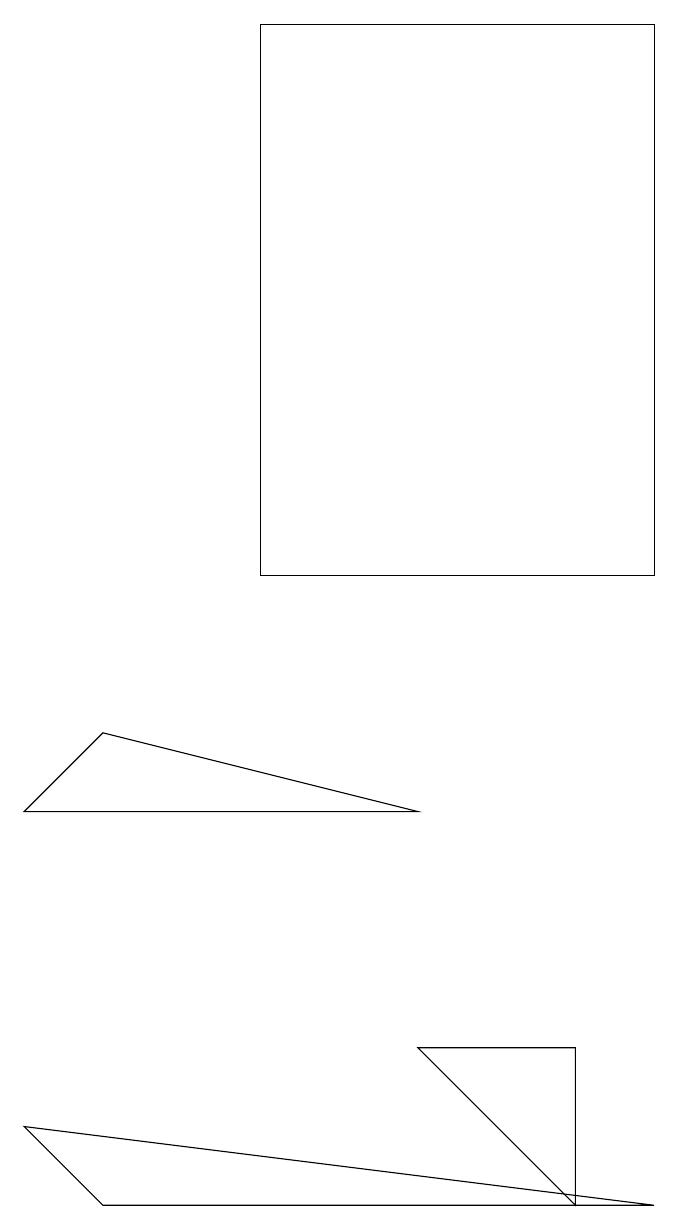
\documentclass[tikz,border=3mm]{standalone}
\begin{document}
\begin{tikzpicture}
\draw (0,8) -- (5,8) -- (1,9) -- cycle;
\draw (0,4) -- (1,3) -- (8,3) -- cycle;
\draw (3,11) rectangle (8,18);
\draw (7,3) -- (5,5) -- (7,5) -- cycle;
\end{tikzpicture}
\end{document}